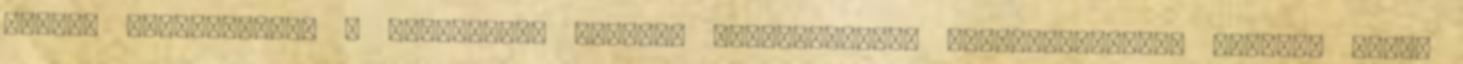
szezon Magyarország a mostanihoz hasonló összefogással piacbefolyásoló tényező lehet